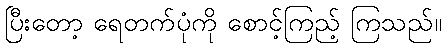
ပြီးတော့ ရေတက်ပုံကို စောင့်ကြည့် ကြသည်။